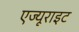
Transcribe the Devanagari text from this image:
एज्यूराइट